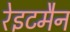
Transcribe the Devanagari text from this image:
रेइटमैन